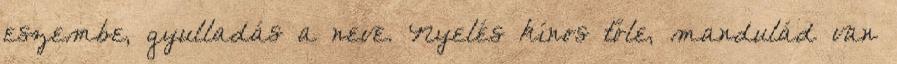
eszembe, gyulladás a neve. Nyelés kínos tőle, mandulád van